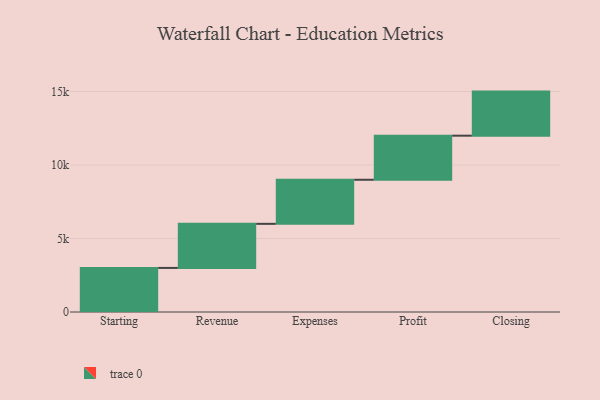
{"axis": {"x": "Step", "y": "Value"}, "legend": [""], "data": [{"x": "Starting", "y": 3000, "type": ""}, {"x": "Revenue", "y": 3000, "type": ""}, {"x": "Expenses", "y": 3000, "type": ""}, {"x": "Profit", "y": 3000, "type": ""}, {"x": "Closing", "y": 3000, "type": ""}]}